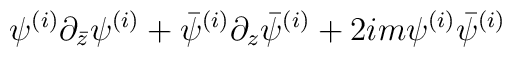
\psi^{(i)} \partial_{\bar z} \psi^{(i)} + \bar{\psi}^{(i)} \partial_{z} \bar{\psi}^{(i)} + 2im \psi^{(i)}\bar{\psi}^{(i)}